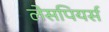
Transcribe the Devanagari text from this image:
लेसपियर्स